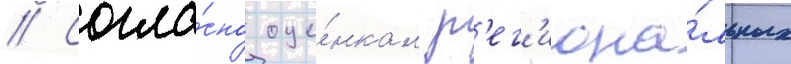
// Согла́сно оце́нкам р'ег'иона́льных